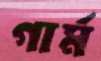
গার্ম